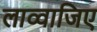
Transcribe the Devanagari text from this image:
लाव्वाजिए